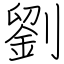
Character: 劉